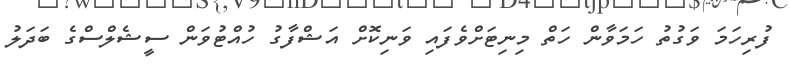
ފުރިހަމަ ވަގުތު ހަމަވާން ހަތް މިނިޓަށްވެފައި ވަނިކޮށް އަޝްފާގު ހުއްޓުވަން ސީޝެލްސްގެ ބަދަލު